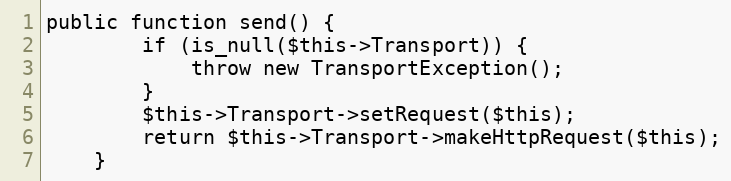
Language: PHP
public function send() {
        if (is_null($this->Transport)) {
            throw new TransportException();
        }
        $this->Transport->setRequest($this);
        return $this->Transport->makeHttpRequest($this);
    }